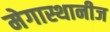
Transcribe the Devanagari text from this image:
मेगास्थानीज